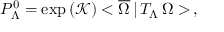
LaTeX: P _ { \Lambda } ^ { 0 } = \exp \left( \mathcal { K } \right) < \overline { { { \Omega } } } \, | \, T _ { \Lambda } \, \Omega > \, ,